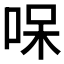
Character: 𠳳